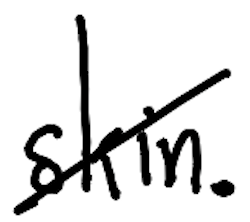
Text: skin.
Cross-out: diagonal
Writing tool: digital_black